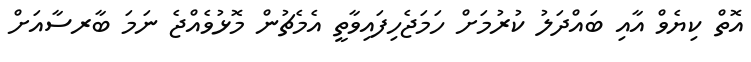
އޮތް ކިޔެވް އާއި ބައްދަލު ކުރުމަށް ހަމަޖެހިފައިވާތީ އެމެޗުން މޮޅުވެއްޖެ ނަމަ ބާރސާއަށް